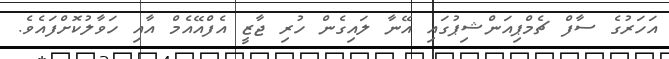
އަހަރުގެ ސާފް ޗެމްޕިއަންޝިޕުގައި އޭނާ ލައިގެން ހުުރި ޖާޒީ އެފްްއޭއެމް އާއި ހަވާލުކޮށްފައެވެ.